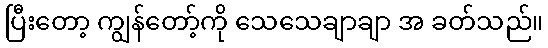
ပြီးတော့ ကျွန်တော့်ကို သေသေချာချာ အ ခတ်သည်။